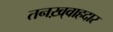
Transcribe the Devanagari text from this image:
तनख़्वाहदार